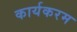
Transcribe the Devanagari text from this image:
कार्यकरम